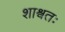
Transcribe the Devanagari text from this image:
शाश्वतः